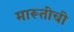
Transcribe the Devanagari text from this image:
मारूतीची